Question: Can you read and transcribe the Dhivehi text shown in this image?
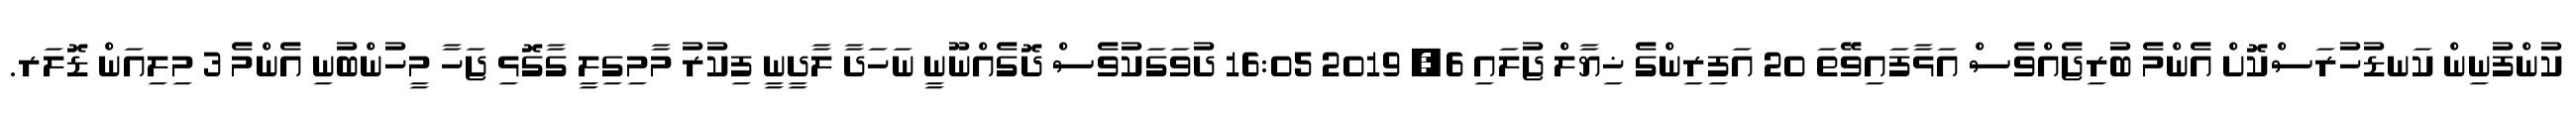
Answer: ކުންފުނިން ކަނޑުހުރަސްކޮށް އެންމެ ބުރިޖެއްވެސް އަޅާފައިވޭތަ 20 އަފިރިންގެ ޚިޔާލް ޖުލައި 6, 2019 16:05 ދުވަގަކުވެސް ދޮގެއްނޫނީ ނަހަދާ ލާދީނީ ފިކުރު މާމިގިލީ ގާގޮޅި ޖަހާ މީހުންބުނި އެންމެ 3 މިލިއަން ޑޮލަރ.